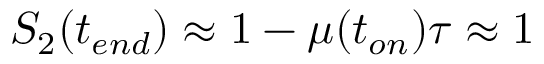
S _ { 2 } ( t _ { e n d } ) \approx 1 - \mu ( t _ { o n } ) \tau \approx 1